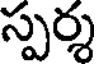
స్పర్శ